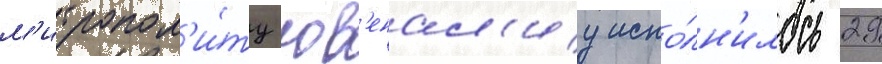
м'итропол'и́ту юв'енал'иу испо́лн'илось 29